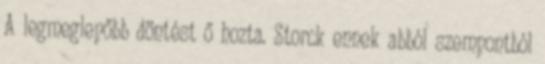
A legmeglepőbb döntést ő hozta. Storck ennek abból szempontból